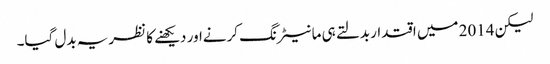
لیکن 2014 میں اقتدار بدلتے ہی مانیٹرنگ کرنےاور دیکھنے کا نظریہ بدل گیا۔